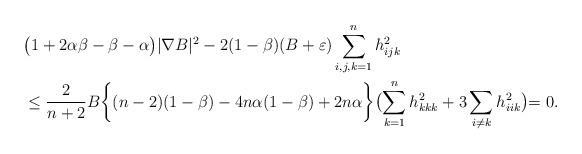
LaTeX: \begin{align*}\begin{aligned}&\bigl(1+2\alpha\beta-\beta-\alpha\bigl)|\nabla B|^2-2(1-\beta) (B+\varepsilon)\sum_{i,j,k=1}^nh_{ijk}^2\\&\leq \dfrac{2}{n+2} B\biggl\{(n-2)(1-\beta)-4n\alpha(1-\beta)+2n\alpha \biggl\}\bigl(\sum_{k=1}^nh_{kkk}^2+3\sum_{i\neq k}h_{iik}^2\bigl)=0.\end{aligned}\end{align*}